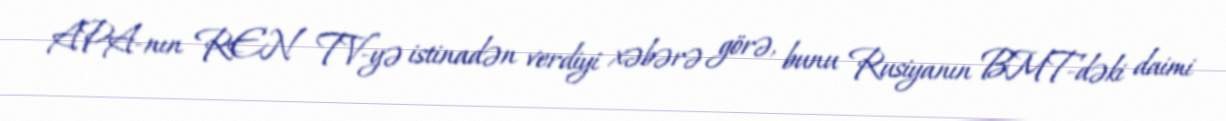
APA-nın REN TV-yə istinadən verdiyi xəbərə görə, bunu Rusiyanın BMT-dəki daimi